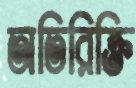
অতিরিক্তি